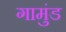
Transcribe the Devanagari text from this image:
गामुंड